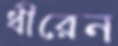
ধীরেন